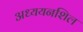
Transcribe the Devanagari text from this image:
अध्ययनशिल